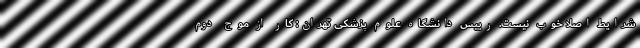
شرایط اصلا خوب نیست. رییس دانشگاه علوم پزشکی تهران: کار از موج دوم